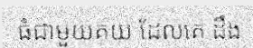
ធំជាមួយគយ ដែលគេ ដឹង